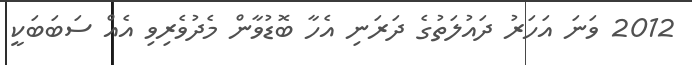
2012 ވަނަ އަހަރު ދައުލަތުގެ ދަރަނި އެހާ ބޮޑުވާން މެދުވެރިވި އެއް ސަބަބަކީ